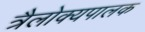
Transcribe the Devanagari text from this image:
त्रैलोक्यपालक